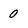
Character: 0